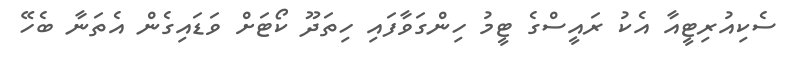
ސެކިއުރިޓީއާ އެކު ރައީސްގެ ޓީމު ހިންގަވާފައި ހިތަދޫ ކޯޓަށް ވަޑައިގެން އެތަނާ ބެހޭ